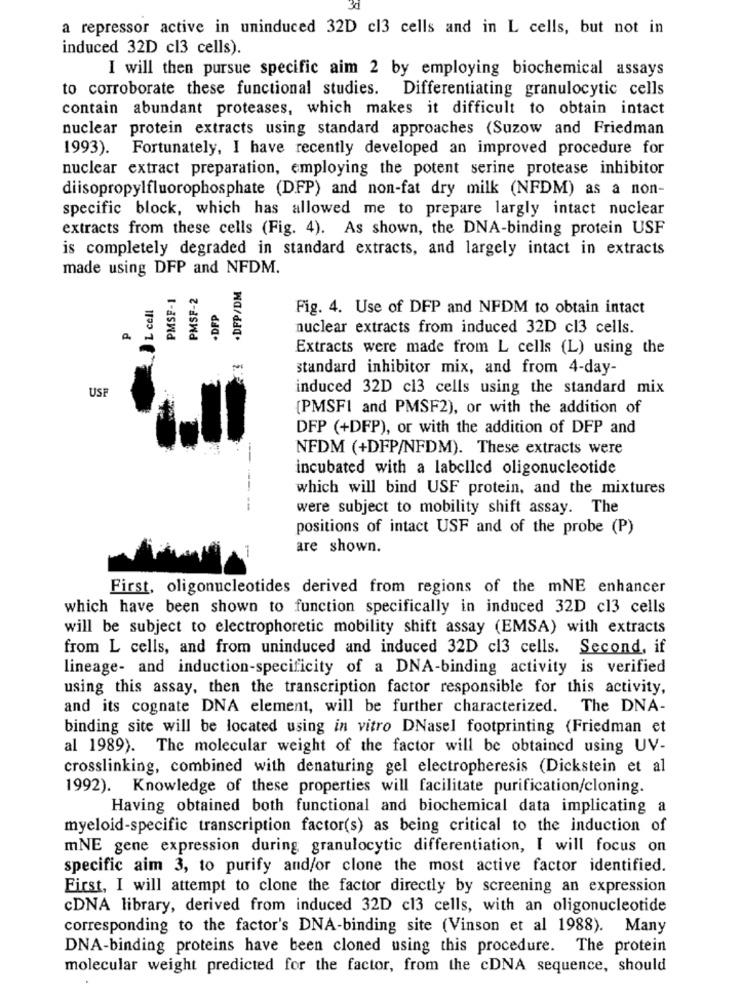
a repressor active in uninduced 32D cl3 cells and in L cells, but not in
induced 32D cl3 cells).
I will then pursue specific aim 2 by employing biochemical assays
to corroborate these functional studies. Differentiating granulocytic cells
contain abundant proteases, which makes it difficult to obtain intact
nuclear protein extracts using standard approaches (Suzow and Friedman
1993). Fortunately, I have recently developed an improved procedure for
nuclear extract preparation, employing the potent serine protease inhibitor
diisopropylfluorophosphate (DFP) and non-fat dry milk (NFDM) as a non-
specific block, which has allowed me to prepare largly intact nuclear
extracts from these cells (Fig. 4). As shown, the DNA-binding protein USF
is completely degraded in standard extracts, and largely intact in extracts
made using DFP and NFDM.
.DFP/DM
PMSF-1
PMSF-2
L cell
.DFP
Fig. 4. Use of DFP and NFDM to obtain intact
nuclear extracts from induced 32D cl3 cells.
Extracts were made from L cells (L) using the
standard inhibitor mix, and from 4-day-
induced 32D cl3 cells using the standard mix
USF
(PMSFI and PMSF2), or with the addition of
DFP (+DFP), or with the addition of DFP and
--
NFDM (+DFP/NFDM). These extracts were
--
incubated with a labelled oligonucleotide
--
which will bind USF protein, and the mixtures
were subject to mobility shift assay. The
positions of intact USF and of the probe (P)
are shown.
First, oligonucleotides derived from regions of the mNE enhancer
which have been shown to function specifically in induced 32D cl3 cells
will be subject to electrophoretic mobility shift assay (EMSA) with extracts
from L cells, and from uninduced and induced 32D c13 cells. Second, if
lineage- and induction-specificity of a DNA-binding activity is verified
using this assay, then the transcription factor responsible for this activity,
and its cognate DNA element, will be further characterized. The DNA-
binding site will be located using in vitro DNasel footprinting (Friedman et
al 1989). The molecular weight of the factor will be obtained using UV-
crosslinking, combined with denaturing gel electropheresis (Dickstein et al
1992). Knowledge of these properties will facilitate purification/cloning.
Having obtained both functional and biochemical data implicating a
myeloid-specific transcription factor(s) as being critical to the induction of
mNE gene expression during granulocytic differentiation, I will focus on
specific aim 3, to purify and/or clone the most active factor identified.
First, I will attempt to clone the factor directly by screening an expression
CDNA library, derived from induced 32D c13 cells, with an oligonucleotide
corresponding to the factor's DNA-binding site (Vinson et al 1988). Many
DNA-binding proteins have been cloned using this procedure. The protein
molecular weight predicted for the factor, from the cDNA sequence, should